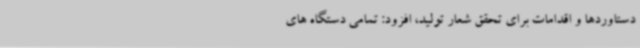
دستاوردها و اقدامات برای تحقق شعار تولید، افزود: تمامی دستگاه های